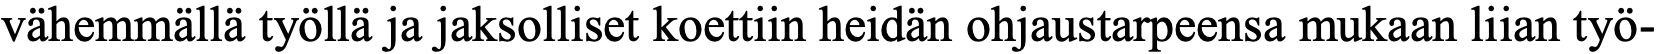
vähemmällä työllä ja jaksolliset koettiin heidän ohjaustarpeensa mukaan liian työ-